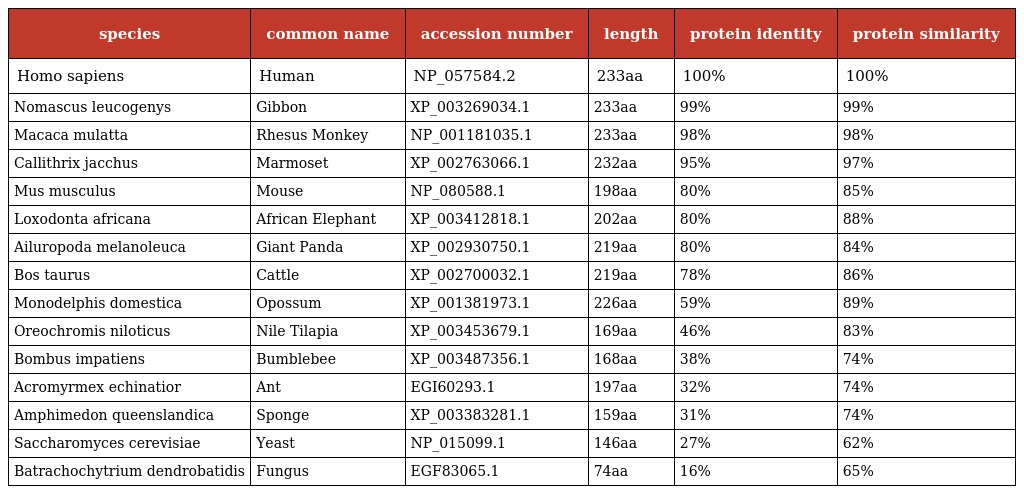
| species | common name | accession number | length | protein identity | protein similarity |
 | --- | --- | --- | --- | --- | --- |
 | Homo sapiens | Human | NP_057584.2 | 233aa | 100% | 100% |
 | Nomascus leucogenys | Gibbon | XP_003269034.1 | 233aa | 99% | 99% |
 | Macaca mulatta | Rhesus Monkey | NP_001181035.1 | 233aa | 98% | 98% |
 | Callithrix jacchus | Marmoset | XP_002763066.1 | 232aa | 95% | 97% |
 | Mus musculus | Mouse | NP_080588.1 | 198aa | 80% | 85% |
 | Loxodonta africana | African Elephant | XP_003412818.1 | 202aa | 80% | 88% |
 | Ailuropoda melanoleuca | Giant Panda | XP_002930750.1 | 219aa | 80% | 84% |
 | Bos taurus | Cattle | XP_002700032.1 | 219aa | 78% | 86% |
 | Monodelphis domestica | Opossum | XP_001381973.1 | 226aa | 59% | 89% |
 | Oreochromis niloticus | Nile Tilapia | XP_003453679.1 | 169aa | 46% | 83% |
 | Bombus impatiens | Bumblebee | XP_003487356.1 | 168aa | 38% | 74% |
 | Acromyrmex echinatior | Ant | EGI60293.1 | 197aa | 32% | 74% |
 | Amphimedon queenslandica | Sponge | XP_003383281.1 | 159aa | 31% | 74% |
 | Saccharomyces cerevisiae | Yeast | NP_015099.1 | 146aa | 27% | 62% |
 | Batrachochytrium dendrobatidis | Fungus | EGF83065.1 | 74aa | 16% | 65% |